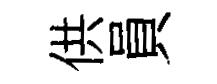
供員